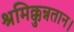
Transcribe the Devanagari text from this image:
श्रमिक्कुन्नतान।